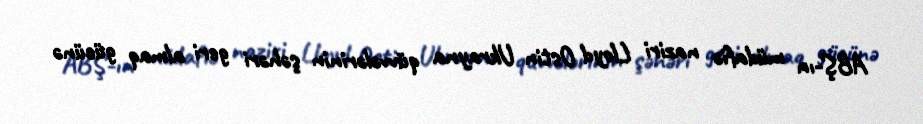
ABŞ-ın müdafiə naziri Lloyd Ostin Ukrayna qüvvələrinin şəhəri geri almaq gücünə